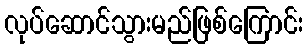
လုပ်ဆောင်သွားမည်ဖြစ်ကြောင်း